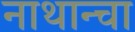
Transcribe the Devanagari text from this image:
नाथान्चा